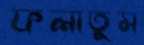
ফলাতুম